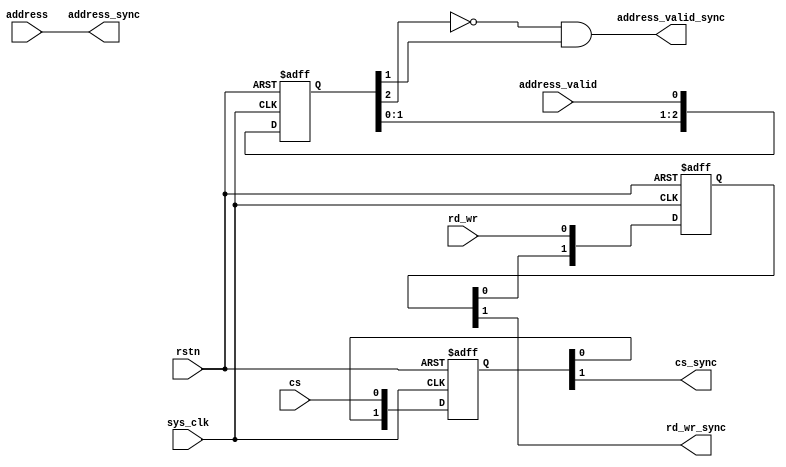
module spi_slave_syncro 
#(
    parameter AXI_ADDR_WIDTH = 32
    )
(
	sys_clk,
	rstn,
	cs,
	address,
	address_valid,
	rd_wr,
	cs_sync,
	address_sync,
	address_valid_sync,
	rd_wr_sync
);
	//parameter AXI_ADDR_WIDTH = 32;
	input wire sys_clk;
	input wire rstn;
	input wire cs;
	input wire [AXI_ADDR_WIDTH - 1:0] address;
	input wire address_valid;
	input wire rd_wr;
	output wire cs_sync;
	output wire [AXI_ADDR_WIDTH - 1:0] address_sync;
	output wire address_valid_sync;
	output wire rd_wr_sync;
	reg [1:0] cs_reg;
	reg [2:0] valid_reg;
	reg [1:0] rdwr_reg;
	assign cs_sync = cs_reg[1];
	assign address_valid_sync = ~valid_reg[2] & valid_reg[1];
	assign address_sync = address;
	assign rd_wr_sync = rdwr_reg[1];
	always @(posedge sys_clk or negedge rstn)
		if (rstn == 1'b0) begin
			cs_reg <= 2'b11;
			valid_reg <= 3'b000;
			rdwr_reg <= 2'b00;
		end
		else begin
			cs_reg <= {cs_reg[0], cs};
			valid_reg <= {valid_reg[1:0], address_valid};
			rdwr_reg <= {rdwr_reg[0], rd_wr};
		end
endmodule